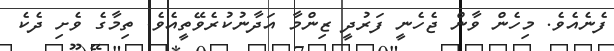
ފެނެއެވެ. މިހެން ވާން ޖެހެނީ ފަރުދީ ޒިންމާ އަދާނުކުރެވޭތީއެވެ. ތިމާގެ ވެށި ދެކެ